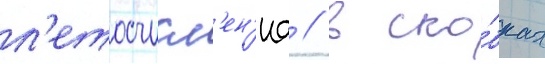
л'етосчисл'ен'иа // В ско́бках